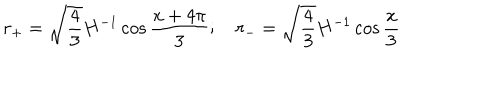
LaTeX: r _ { + } = \sqrt { \frac { 4 } { 3 } } H ^ { - 1 } \cos { \frac { x + 4 \pi } { 3 } } ; \quad r _ { - } = \sqrt { \frac { 4 } { 3 } } H ^ { - 1 } \cos { \frac { x } { 3 } }